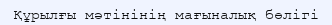
Құрылғы мәтінінің мағыналық бөлігі